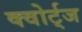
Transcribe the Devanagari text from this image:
क्वोर्ट्‌ज